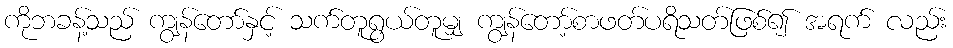
ကိုဘခန့်သည် ကျွန်တော်နှင့် သက်တူရွယ်တူမျှ ကျွန်တော့်စာဖတ်ပရိသတ်ဖြစ်၍ အရက် လည်း